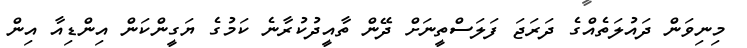
މިނިވަން ދައުލަތެއްގެ ދަރަޖަ ފަލަސްތީނަށް ދޭން ތާއީދުކުރާނެ ކަމުގެ ޔަގީންކަން އިންޑިއާ އިން